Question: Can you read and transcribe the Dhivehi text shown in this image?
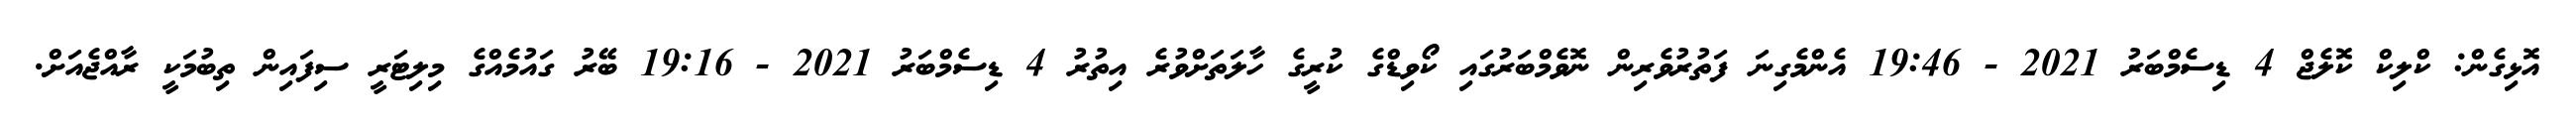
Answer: އޮޅިގެން: ކްލިކް ކޮލެޖް 4 ޑިސެމްބަރު 2021 - 19:46 އެންމެގިނަ ފަތުރުވެރިން ނޮވެމްބަރުގައި ކޯވިޑްގެ ކުރީގެ ހާލަތަށްވުރެ އިތުރު 4 ޑިސެމްބަރު 2021 - 19:16 ބޭރު ގައުމެއްގެ މިލިޓަރީ ސިފައިން ތިބުމަކީ ރާއްޖެއަށް.